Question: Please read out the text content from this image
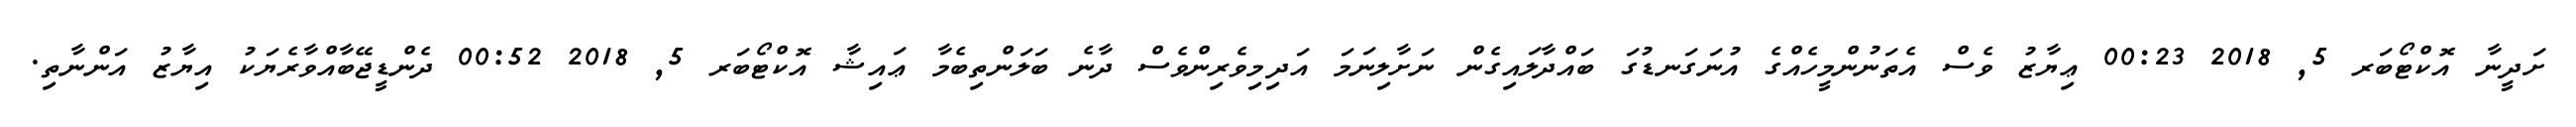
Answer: ށަދީނާ އޮކްޓޯބަރ 5, 2018 00:23 ޢިޔާޒު ވެސް އެތަނުންމީހެއްގެ އުނަގަނޑުގަ ބައްދާލައިގެން ނަށާލިނަމަ އަދިމިވެރިންވެސް ދާނެ ބަލަންތިބެމާ ޢައިޝާ އޮކްޓޯބަރ 5, 2018 00:52 ދެންޑީޖޭބާއްވާރެޔަކު އިޔާޒު އަންނާތި.